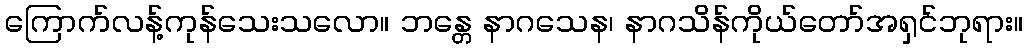
ကြောက်လန့်ကုန်သေးသလော။ ဘန္တေ နာဂသေန၊ နာဂသိန်ကိုယ်တော်အရှင်ဘုရား။